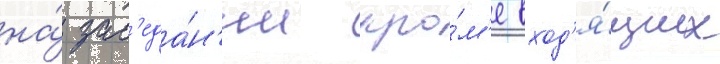
на́ зас'еда́н'ии кро́м'е вход'я́щих